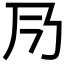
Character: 𠂏